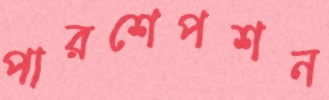
পারশেপশন